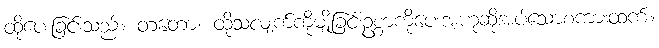
ထိုပေးခြင်းသည်။ တတော၊ ထိုသံလျက်ကိုမျိုခြင်းဥစ္စာကိုပေးအံ့ဟုဆိုအပ်သောစကားထက်။